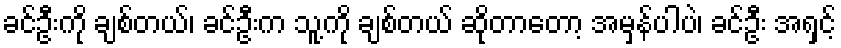
ခင်ဦးကို ချစ်တယ်၊ ခင်ဦးက သူ့ကို ချစ်တယ် ဆိုတာတော့ အမှန်ပါပဲ၊ ခင်ဦး အရှင့်